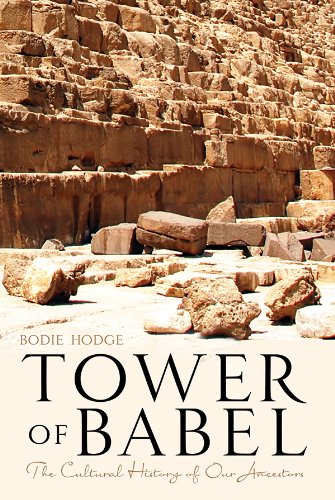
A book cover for Tower of Babel; Bodie Hodge; Christian Books & Bibles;